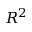
R ^ { 2 }